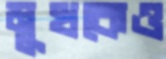
মুখকেও